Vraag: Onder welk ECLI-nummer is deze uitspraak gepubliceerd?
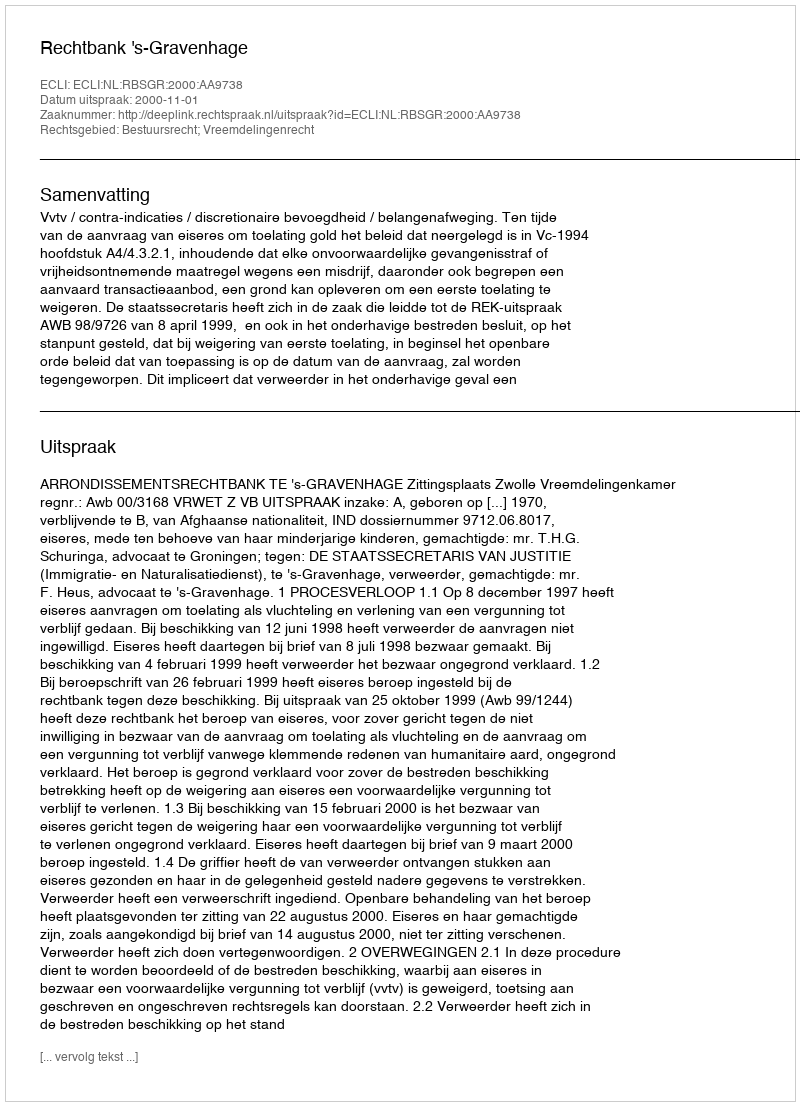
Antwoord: ECLI:NL:RBSGR:2000:AA9738